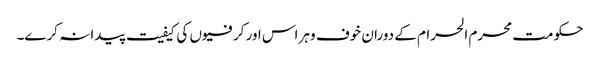
حکومت محرم الحرام کے دوران خوف و ہراس اور کرفیوں کی کیفیت پیدا نہ کرے۔